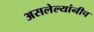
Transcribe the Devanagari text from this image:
असलेल्यांनीच